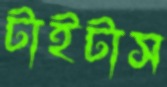
টাইটাস